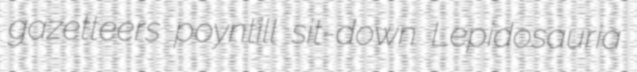
gazetteers poyntill sit-down Lepidosauria